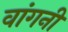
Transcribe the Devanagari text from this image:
वांगनी